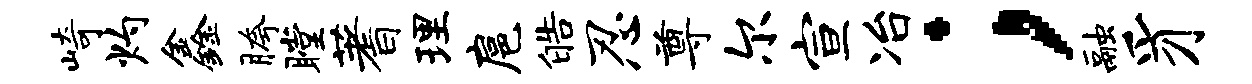
崎灼鑫胯瞠蓍理扈皓忍尊尔宣冶；融豸